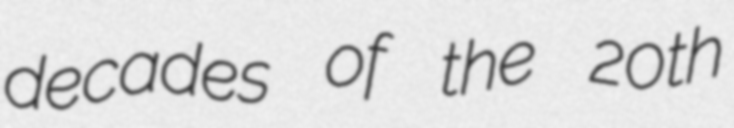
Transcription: decades of the 20th